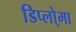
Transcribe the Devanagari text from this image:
डिप्लो्मा